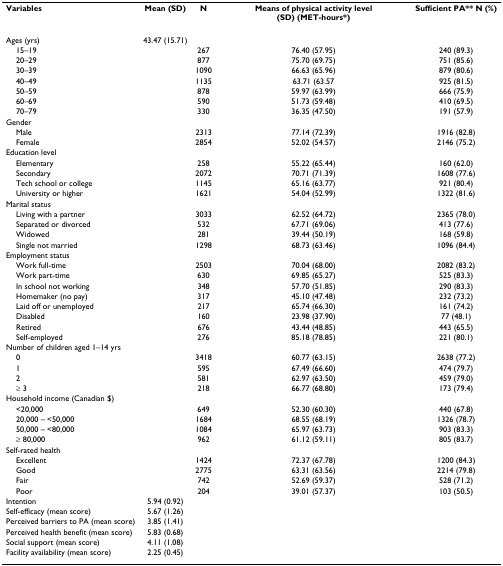
<table><thead><tr><td><b>Variables</b></td><td><b>Mean (SD)</b></td><td><b>N</b></td><td><b>Means of physical activity level (SD) (MET-hours*)</b></td><td><b>Sufficient PA** N (%)</b></td></tr></thead><tbody><tr><td>Ages (yrs)</td><td>43.47 (15.71)</td><td>[EMPTY_CELL]</td><td>[EMPTY_CELL]</td><td>[EMPTY_CELL]</td></tr><tr><td> 15–19</td><td>[EMPTY_CELL]</td><td>267</td><td>76.40 (57.95)</td><td>240 (89.3)</td></tr><tr><td> 20–29</td><td>[EMPTY_CELL]</td><td>877</td><td>75.70 (69.75)</td><td>751 (85.6)</td></tr><tr><td> 30–39</td><td>[EMPTY_CELL]</td><td>1090</td><td>66.63 (65.96)</td><td>879 (80.6)</td></tr><tr><td> 40–49</td><td>[EMPTY_CELL]</td><td>1135</td><td>63.71 (63.57</td><td>925 (81.5)</td></tr><tr><td> 50–59</td><td>[EMPTY_CELL]</td><td>878</td><td>59.97 (63.99)</td><td>666 (75.9)</td></tr><tr><td> 60–69</td><td>[EMPTY_CELL]</td><td>590</td><td>51.73 (59.48)</td><td>410 (69.5)</td></tr><tr><td> 70–79</td><td>[EMPTY_CELL]</td><td>330</td><td>36.35 (47.50)</td><td>191 (57.9)</td></tr><tr><td>Gender</td><td>[EMPTY_CELL]</td><td>[EMPTY_CELL]</td><td>[EMPTY_CELL]</td><td>[EMPTY_CELL]</td></tr><tr><td> Male</td><td>[EMPTY_CELL]</td><td>2313</td><td>77.14 (72.39)</td><td>1916 (82.8)</td></tr><tr><td> Female</td><td>[EMPTY_CELL]</td><td>2854</td><td>52.02 (54.57)</td><td>2146 (75.2)</td></tr><tr><td>Education level</td><td>[EMPTY_CELL]</td><td>[EMPTY_CELL]</td><td>[EMPTY_CELL]</td><td>[EMPTY_CELL]</td></tr><tr><td> Elementary</td><td>[EMPTY_CELL]</td><td>258</td><td>55.22 (65.44)</td><td>160 (62.0)</td></tr><tr><td> Secondary</td><td>[EMPTY_CELL]</td><td>2072</td><td>70.71 (71.39)</td><td>1608 (77.6)</td></tr><tr><td> Tech school or college</td><td>[EMPTY_CELL]</td><td>1145</td><td>65.16 (63.77)</td><td>921 (80.4)</td></tr><tr><td> University or higher</td><td>[EMPTY_CELL]</td><td>1621</td><td>54.04 (52.99)</td><td>1322 (81.6)</td></tr><tr><td>Marital status</td><td>[EMPTY_CELL]</td><td>[EMPTY_CELL]</td><td>[EMPTY_CELL]</td><td>[EMPTY_CELL]</td></tr><tr><td> Living with a partner</td><td>[EMPTY_CELL]</td><td>3033</td><td>62.52 (64.72)</td><td>2365 (78.0)</td></tr><tr><td> Separated or divorced</td><td>[EMPTY_CELL]</td><td>532</td><td>67.71 (69.06)</td><td>413 (77.6)</td></tr><tr><td> Widowed</td><td>[EMPTY_CELL]</td><td>281</td><td>39.44 (50.19)</td><td>168 (59.8)</td></tr><tr><td> Single not married</td><td>[EMPTY_CELL]</td><td>1298</td><td>68.73 (63.46)</td><td>1096 (84.4)</td></tr><tr><td>Employment status</td><td>[EMPTY_CELL]</td><td>[EMPTY_CELL]</td><td>[EMPTY_CELL]</td><td>[EMPTY_CELL]</td></tr><tr><td> Work full-time</td><td>[EMPTY_CELL]</td><td>2503</td><td>70.04 (68.00)</td><td>2082 (83.2)</td></tr><tr><td> Work part-time</td><td>[EMPTY_CELL]</td><td>630</td><td>69.85 (65.27)</td><td>525 (83.3)</td></tr><tr><td> In school not working</td><td>[EMPTY_CELL]</td><td>348</td><td>57.70 (51.85)</td><td>290 (83.3)</td></tr><tr><td> Homemaker (no pay)</td><td>[EMPTY_CELL]</td><td>317</td><td>45.10 (47.48)</td><td>232 (73.2)</td></tr><tr><td> Laid off or unemployed</td><td>[EMPTY_CELL]</td><td>217</td><td>65.74 (66.30)</td><td>161 (74.2)</td></tr><tr><td> Disabled</td><td>[EMPTY_CELL]</td><td>160</td><td>23.98 (37.90)</td><td>77 (48.1)</td></tr><tr><td> Retired</td><td>[EMPTY_CELL]</td><td>676</td><td>43.44 (48.85)</td><td>443 (65.5)</td></tr><tr><td> Self-employed</td><td>[EMPTY_CELL]</td><td>276</td><td>85.18 (78.85)</td><td>221 (80.1)</td></tr><tr><td>Number of children aged 1–14 yrs</td><td>[EMPTY_CELL]</td><td>[EMPTY_CELL]</td><td>[EMPTY_CELL]</td><td>[EMPTY_CELL]</td></tr><tr><td> 0</td><td>[EMPTY_CELL]</td><td>3418</td><td>60.77 (63.15)</td><td>2638 (77.2)</td></tr><tr><td> 1</td><td>[EMPTY_CELL]</td><td>595</td><td>67.49 (66.60)</td><td>474 (79.7)</td></tr><tr><td> 2</td><td>[EMPTY_CELL]</td><td>581</td><td>62.97 (63.50)</td><td>459 (79.0)</td></tr><tr><td> ≥ 3</td><td>[EMPTY_CELL]</td><td>218</td><td>66.77 (68.80)</td><td>173 (79.4)</td></tr><tr><td>Household income (Canadian $)</td><td>[EMPTY_CELL]</td><td>[EMPTY_CELL]</td><td>[EMPTY_CELL]</td><td>[EMPTY_CELL]</td></tr><tr><td> &lt;20,000</td><td>[EMPTY_CELL]</td><td>649</td><td>52.30 (60.30)</td><td>440 (67.8)</td></tr><tr><td> 20,000 – &lt;50,000</td><td>[EMPTY_CELL]</td><td>1684</td><td>68.55 (68.19)</td><td>1326 (78.7)</td></tr><tr><td> 50,000 – &lt;80,000</td><td>[EMPTY_CELL]</td><td>1084</td><td>65.97 (63.73)</td><td>903 (83.3)</td></tr><tr><td> ≥ 80,000</td><td>[EMPTY_CELL]</td><td>962</td><td>61.12 (59.11)</td><td>805 (83.7)</td></tr><tr><td>Self-rated health</td><td>[EMPTY_CELL]</td><td>[EMPTY_CELL]</td><td>[EMPTY_CELL]</td><td>[EMPTY_CELL]</td></tr><tr><td> Excellent</td><td>[EMPTY_CELL]</td><td>1424</td><td>72.37 (67.78)</td><td>1200 (84.3)</td></tr><tr><td> Good</td><td>[EMPTY_CELL]</td><td>2775</td><td>63.31 (63.56)</td><td>2214 (79.8)</td></tr><tr><td> Fair</td><td>[EMPTY_CELL]</td><td>742</td><td>52.69 (59.37)</td><td>528 (71.2)</td></tr><tr><td> Poor</td><td>[EMPTY_CELL]</td><td>204</td><td>39.01 (57.37)</td><td>103 (50.5)</td></tr><tr><td>Intention</td><td>5.94 (0.92)</td><td>[EMPTY_CELL]</td><td>[EMPTY_CELL]</td><td>[EMPTY_CELL]</td></tr><tr><td>Self-efficacy (mean score)</td><td>5.67 (1.26)</td><td>[EMPTY_CELL]</td><td>[EMPTY_CELL]</td><td>[EMPTY_CELL]</td></tr><tr><td>Perceived barriers to PA (mean score)</td><td>3.85 (1.41)</td><td>[EMPTY_CELL]</td><td>[EMPTY_CELL]</td><td>[EMPTY_CELL]</td></tr><tr><td>Perceived health benefit (mean score)</td><td>5.83 (0.68)</td><td>[EMPTY_CELL]</td><td>[EMPTY_CELL]</td><td>[EMPTY_CELL]</td></tr><tr><td>Social support (mean score)</td><td>4.11 (1.08)</td><td>[EMPTY_CELL]</td><td>[EMPTY_CELL]</td><td>[EMPTY_CELL]</td></tr><tr><td>Facility availability (mean score)</td><td>2.25 (0.45)</td><td>[EMPTY_CELL]</td><td>[EMPTY_CELL]</td><td>[EMPTY_CELL]</td></tr></tbody></table>